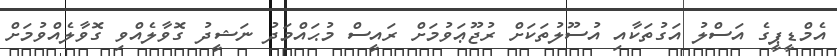
އެމްޑީޕީގެ އަސްލު އަގުތަކާއި އުސޫލުތަކަށް ރުޖޫޢަވުމަށް ރައީސް މުޙައްމަދު ނަޝީދު ގޮވާލެއްވި ގޮވާލެއްވުމަށް